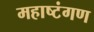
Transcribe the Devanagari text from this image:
महाष्टंगण